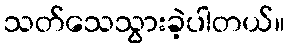
သတ်သေသွားခဲ့ပါတယ်။